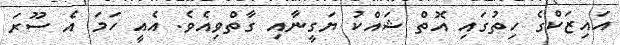
އައިޒަކްގެ ހިތުގައި އޮތް ޝައްކު ޔަގީނާއި ގާތްވިއެވެ. އެއީ ހަމަ އެ ސޫރަ